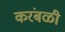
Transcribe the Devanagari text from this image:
करंबळी